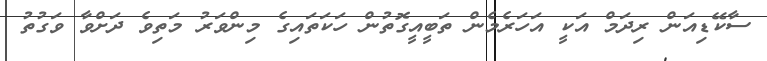
ސާކޭޑިއަން ރިދަމް އަކީ އަހަރެމެން ތަބީއީގޮތުން ހަކަތައިގެ މިންވަރު މަތިވެ ދަށްވާ ވަގުތު